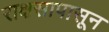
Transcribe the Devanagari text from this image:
राक्षसापासून